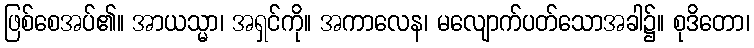
ဖြစ်စေအပ်၏။ အာယသ္မာ၊ အရှင်ကို။ အကာလေန၊ မလျောက်ပတ်သောအခါ၌။ စုဒိတော၊